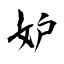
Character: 妒